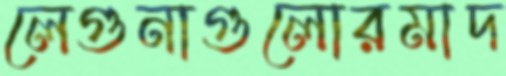
লেগুনাগুলোরমাদ